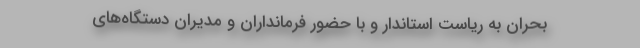
بحران به ریاست استاندار و با حضور فرمانداران و مدیران دستگاه‌های